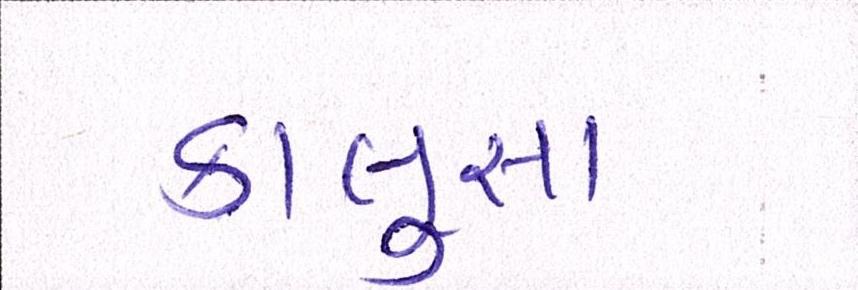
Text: કાલુસા